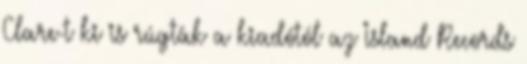
Clare-t ki is rúgták a kiadótól az Island Records